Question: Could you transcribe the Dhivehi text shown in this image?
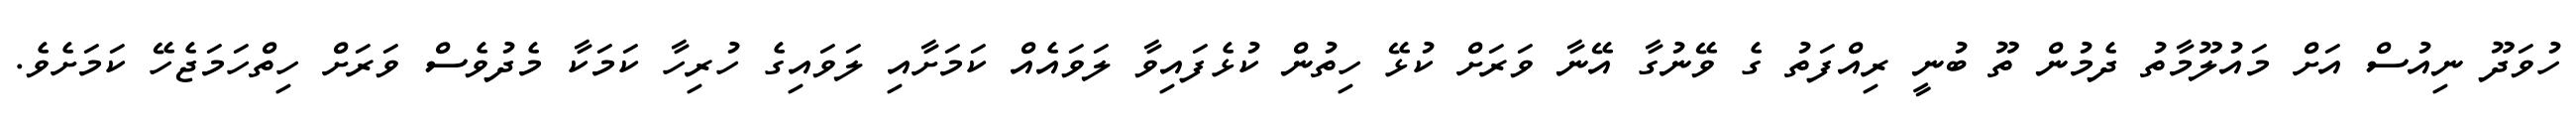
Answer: ހުވަދޫ ނިއުސް އަށް މައުލޫމާތު ދެމުން ތޫ ބުނީ ރިއްފަތު ގެ ވޭނުގާ އޭނާ ވަރަށް ކުޅޭ ހިތުން ކުޅެފައިވާ ލަވައެއް ކަމަށާއި ލަވައިގެ ހުރިހާ ކަމަކާ މެދުވެސް ވަރަށް ހިތްހަމަޖެހޭ ކަމަށެވެ.